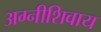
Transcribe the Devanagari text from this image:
अग्नीशिवाय